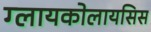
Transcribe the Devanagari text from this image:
ग्लायकोलायसिस